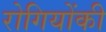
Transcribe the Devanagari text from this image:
रोगियोंकी